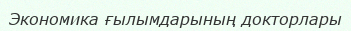
Экономика ғылымдарының докторлары